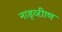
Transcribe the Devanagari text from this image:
नाड्व्ऱीाण